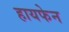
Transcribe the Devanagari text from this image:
हायफेन